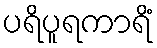
ပရိပူရကာရိံ